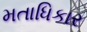
મતાધિકાર